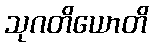
သုဂတိယောတိ